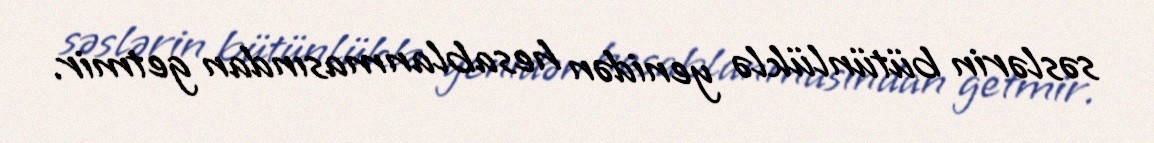
səslərin bütünlüklə yenidən hesablanmasından getmir.